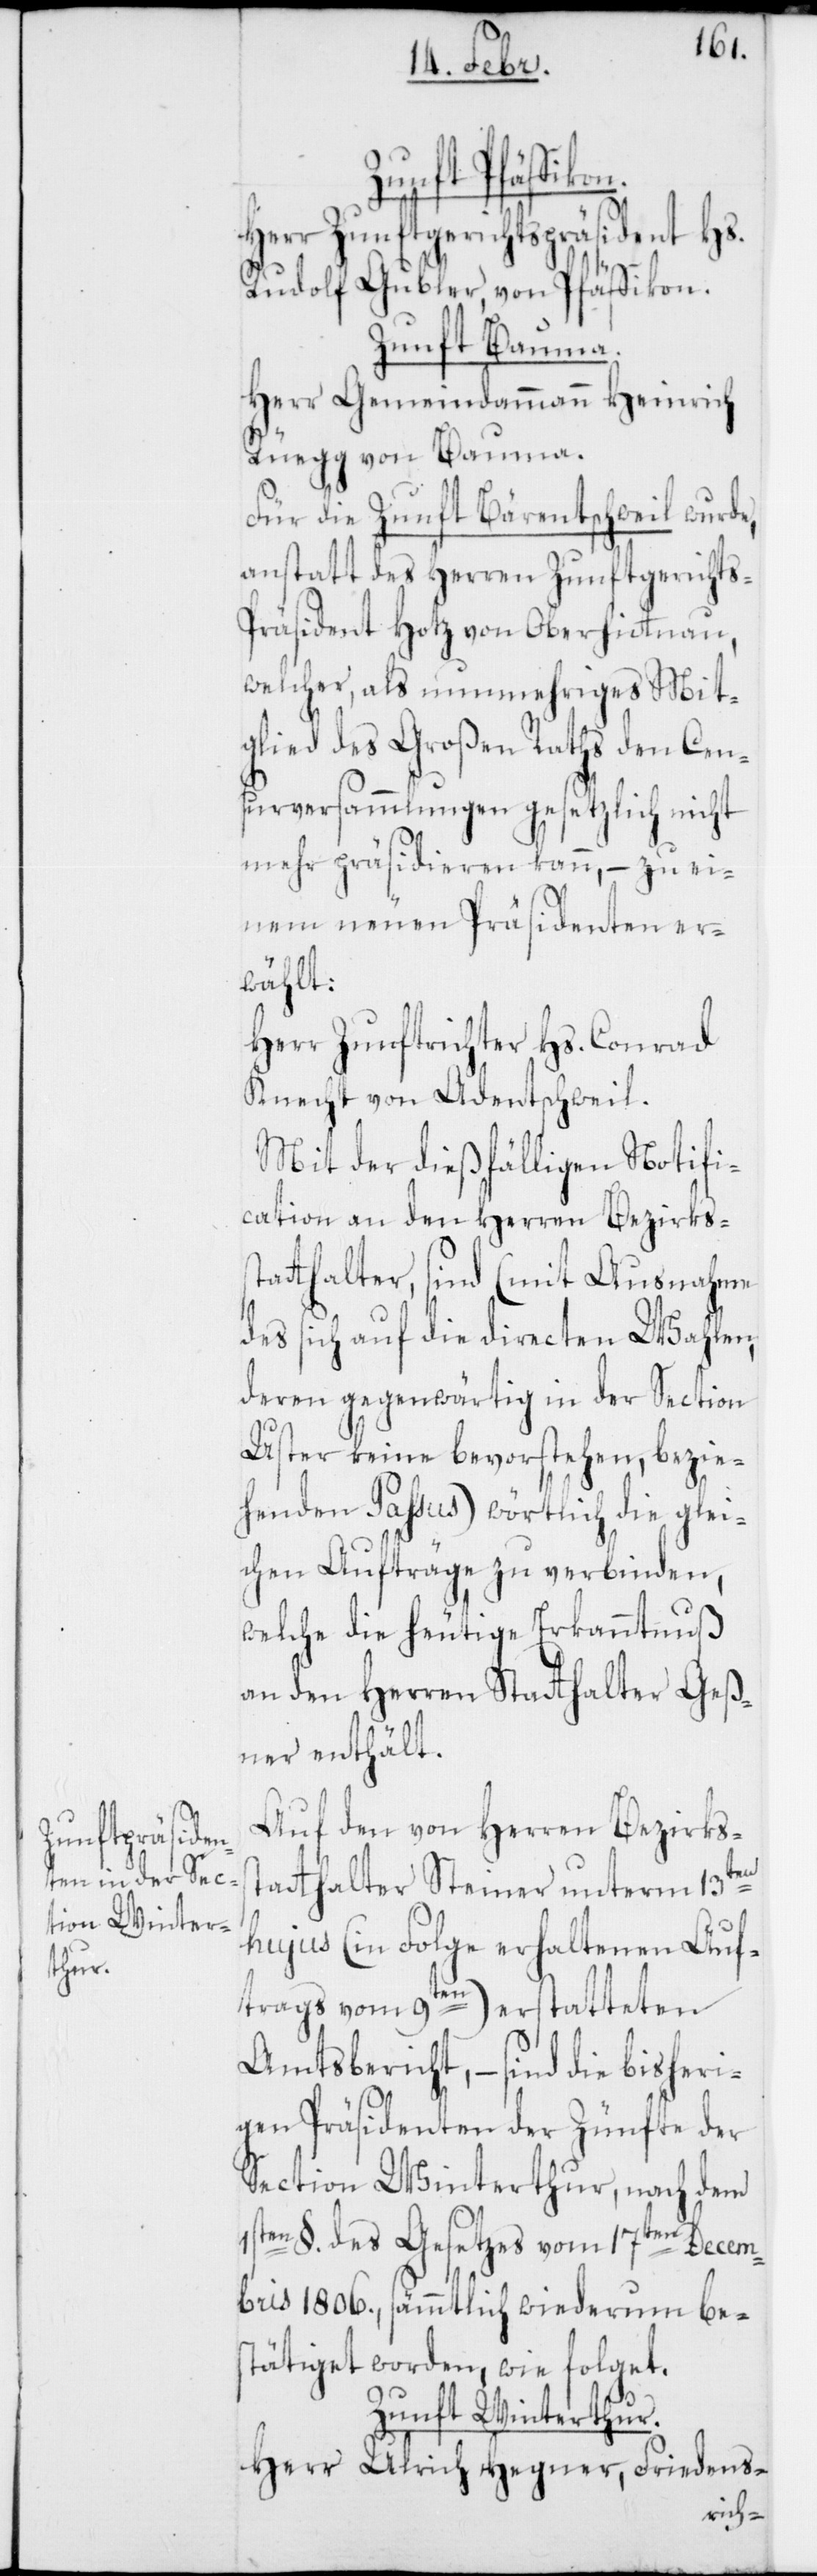
st¬
Zunft Pfäffik¬
Herr Zunftgerichts-Präsident Hs.
Rudolf Gubler, von Pfäffikon.
Zunft Bauma.
Herr Gemeindammann Heinrich
Rüegg von Bauma.
Für die Zunft Bärentschweil wurde,
anstatt des Herren Zunftgerichts-P¬
räsident Hotz von Oberhitnau,
welcher als nunmehriges Mit¬
glied des Großen Raths den Cen¬
surversammlungen gesetzlich nicht
mehr präsidieren kann, – zu ei¬
nem neuen Präsidenten er¬
wählt:
Herr Zunftrichter Hs. Conrad
Knecht von Adentschweil.
Mit der dießfälligen Notifi¬
cation an den Herren Bezirkss¬
tatthalter, sind (mit Ausnahme
des sich auf die directen Wahlen,
deren gegenwärtig in der Section
Uster keine bevorstehen, bezie¬
henden Paßus) wörtlich die glei¬
chen Aufträge zu verbinden,
welche die heutige Erkanntnuß
an den Herren Statthalter Geß¬
ner enthält.
Auf den von Herren Bezirks¬
atthalter Steiner unterm 13ten
hujus (in Folge erhaltenen Auf¬
trags vom 9ten) erstatteten
Amtsbericht, – sind die bisheri¬
gen Präsidenten der Zünfte der
Section Winterthur, nach dem
1sten §. des Gesetzes vom 17ten Decem¬
bris 1806., sämmtlich wiederum be¬
stätiget worden, wie folget:
Zunft Winterthur.
Herr Ulrich Hegner, Friedens-